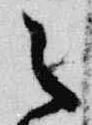
之